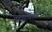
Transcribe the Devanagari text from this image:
महाद्वारास